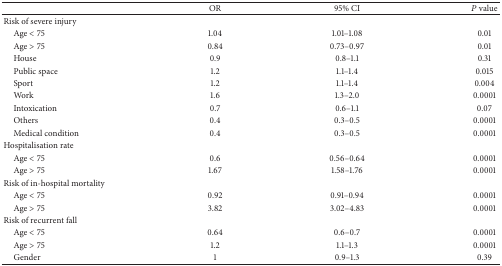
<table><thead><tr><td>[EMPTY_CELL]</td><td><b>OR</b></td><td><b>95% CI</b></td><td><b><i>P</i> value</b></td></tr></thead><tbody><tr><td>Risk of severe injury</td><td>[EMPTY_CELL]</td><td>[EMPTY_CELL]</td><td>[EMPTY_CELL]</td></tr><tr><td> Age &lt; 75</td><td>1.04</td><td>1.01–1.08</td><td>0.01</td></tr><tr><td> Age &gt; 75</td><td>0.84</td><td>0.73–0.97</td><td>0.01</td></tr><tr><td> House</td><td>0.9</td><td>0.8–1.1</td><td>0.31</td></tr><tr><td> Public space</td><td>1.2</td><td>1.1–1.4</td><td>0.015</td></tr><tr><td> Sport</td><td>1.2</td><td>1.1–1.4</td><td>0.004</td></tr><tr><td> Work</td><td>1.6</td><td>1.3–2.0</td><td>0.0001</td></tr><tr><td> Intoxication</td><td>0.7</td><td>0.6–1.1</td><td>0.07</td></tr><tr><td> Others</td><td>0.4</td><td>0.3–0.5</td><td>0.0001</td></tr><tr><td> Medical condition</td><td>0.4</td><td>0.3–0.5</td><td>0.0001</td></tr><tr><td>Hospitalisation rate</td><td>[EMPTY_CELL]</td><td>[EMPTY_CELL]</td><td>[EMPTY_CELL]</td></tr><tr><td> Age &lt; 75</td><td>0.6</td><td>0.56–0.64</td><td>0.0001</td></tr><tr><td> Age &gt; 75</td><td>1.67</td><td>1.58–1.76</td><td>0.0001</td></tr><tr><td>Risk of in-hospital mortality</td><td>[EMPTY_CELL]</td><td>[EMPTY_CELL]</td><td>[EMPTY_CELL]</td></tr><tr><td> Age &lt; 75</td><td>0.92</td><td>0.91–0.94</td><td>0.0001</td></tr><tr><td> Age &gt; 75</td><td>3.82</td><td>3.02–4.83</td><td>0.0001</td></tr><tr><td>Risk of recurrent fall</td><td>[EMPTY_CELL]</td><td>[EMPTY_CELL]</td><td>[EMPTY_CELL]</td></tr><tr><td> Age &lt; 75</td><td>0.64</td><td>0.6–0.7</td><td>0.0001</td></tr><tr><td> Age &gt; 75</td><td>1.2</td><td>1.1–1.3</td><td>0.0001</td></tr><tr><td> Gender</td><td>1</td><td>0.9–1.3</td><td>0.39</td></tr></tbody></table>